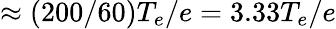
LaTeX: \approx(200/60)T_{e}/e=3.33T_{e}/e